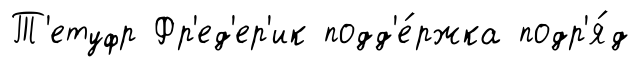
Т'етуфр Фр'ед'ер'ик подд'е́ржка подр'я́д